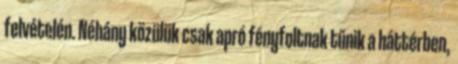
felvételén. Néhány közülük csak apró fényfoltnak tűnik a háttérben,